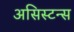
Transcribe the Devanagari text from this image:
असिस्टन्स